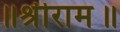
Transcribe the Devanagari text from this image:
॥श्रीराम॥